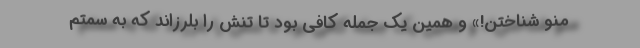
منو شناختن!» و همین یک جمله کافی بود تا تنش را بلرزاند که به سمتم